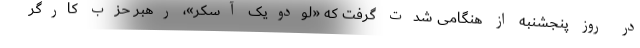
در روز پنجشنبه از هنگامی شدت گرفت که «لودویک آسکر»، رهبر حزب کارگر